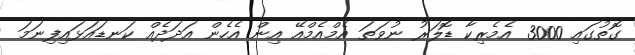
ގޮތުގައި 3000 އެމެރިކާ ޑޮލަރު ނުވަތަ އެމްއެމްއޭ އިން އެހެން އަދަދެއް ކަނޑައަޅައިފިނަމަ